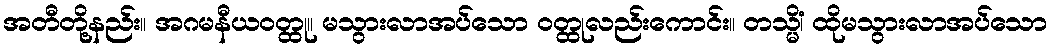
အတီတို့နည်း။ အဂမနီယဝတ္ထု။ မသွားလာအပ်သော ဝတ္ထုလည်းကောင်း။ တသ္မိံ၊ ထိုမသွားလာအပ်သော